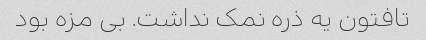
تافتون یه ذره نمک نداشت. بی مزه بود